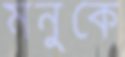
মনুকে